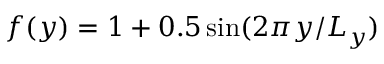
f ( y ) = 1 + 0 . 5 \sin ( 2 \pi y / L _ { y } )